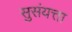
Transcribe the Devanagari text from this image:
सुसंयत्ता